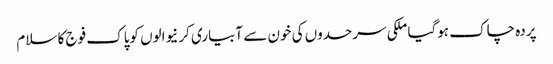
پردہ چاک ہوگیا ملکی سرحدوں کی خون سے آبیاری کرنیوالوں کوپاک فوج کا سلام